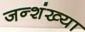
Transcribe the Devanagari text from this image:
जन्शंख्या